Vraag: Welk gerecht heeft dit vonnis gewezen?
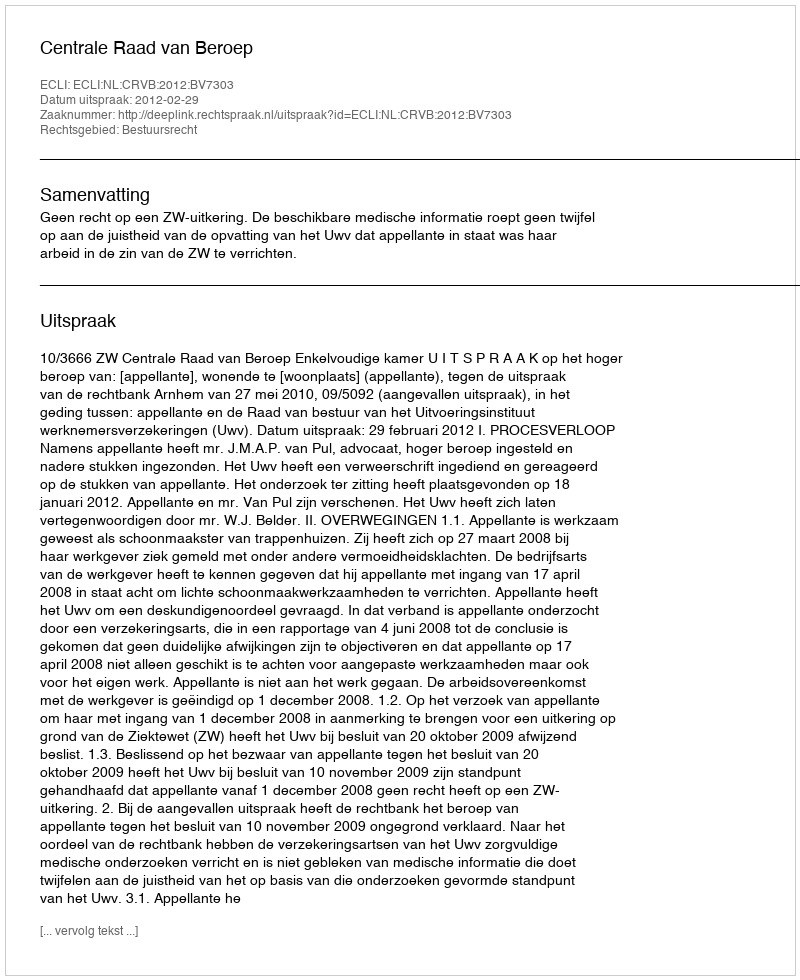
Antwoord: Centrale Raad van Beroep